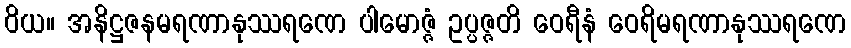
ဝိယ။ အနိဋ္ဌဇနမရဏာနုဿရဏေ ပါမောဇ္ဇံ ဥပ္ပဇ္ဇတိ ဝေရီနံ ဝေရိမရဏာနုဿရဏေ